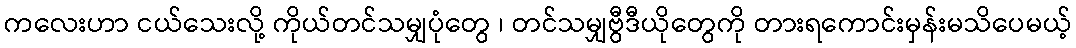
ကလေးဟာ ငယ်သေးလို့ ကိုယ်တင်သမျှပုံတွေ ၊ တင်သမျှဗွီဒီယိုတွေကို တားရကောင်းမှန်းမသိပေမယ့်